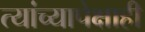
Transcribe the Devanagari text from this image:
त्यांच्यापेक्षाही